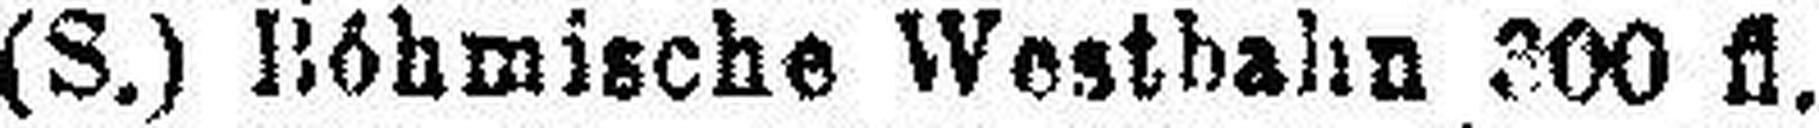
5% (S.) Bóhmische Westbahn 300 fl.